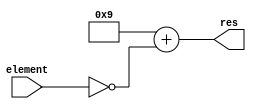
//COMPLEMENTO DE 2
module sub(res, element);
//SUBTRATOR QUE SUBTRAI O NMERO DE CHAVES LIGADAS DO BINRIO 8(4'b1000)
    input [3:0] element;
    output [3:0] res;
     
    assign res = 4'b1001 + (~element);
     
endmodule